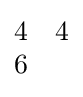
{\begin{matrix}4&4\\6\end{matrix}}